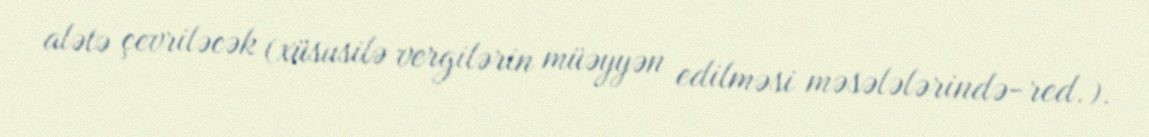
alətə çevriləcək (xüsusilə vergilərin müəyyən edilməsi məsələlərində-red.).